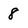
Character: 8